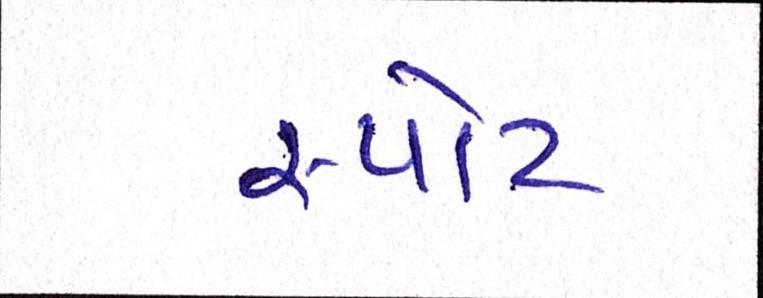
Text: સ્પોટ